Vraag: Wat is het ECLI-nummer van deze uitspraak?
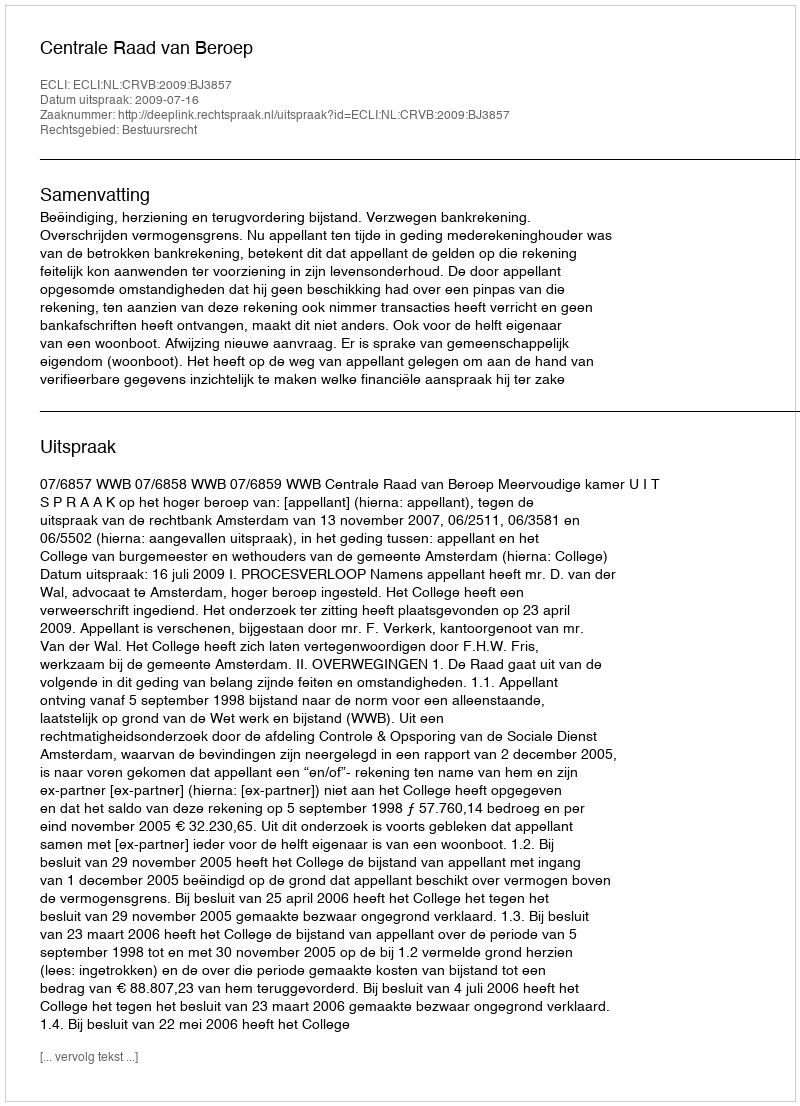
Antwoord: ECLI:NL:CRVB:2009:BJ3857